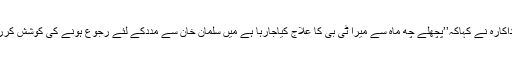
نوبھارت ٹائمز ڈاٹ کام سے بات کرتے ہوئے اداکارہ نے کہاکہ’’پچھلے چھ ماہ سے میرا ٹی بی کا علاج کیاجارہا ہے میں سلمان خان سے مددکے لئے رجوع ہونے کی کوشش کررہی ہوں مگر اب تک ان سے رابطہ نہیں ہوسکا۔